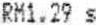
RM1.29